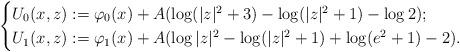
LaTeX: \begin{align*}\begin{cases}U_0(x,z):= \varphi_0(x)+ A(\log (|z|^2+3)-\log(|z|^2+1) -\log 2); \\ U_1(x,z):=\varphi_1(x)+ A(\log |z|^2-\log(|z|^2+1) +\log (e^2+1) -2).\end{cases}\end{align*}